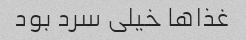
غذا‌ها خیلی سرد بود